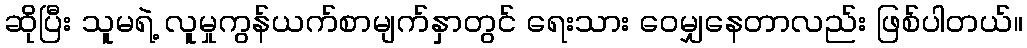
ဆိုပြီး သူမရဲ့ လူမှုကွန်ယက်စာမျက်နှာတွင် ရေးသား ဝေမျှနေတာလည်း ဖြစ်ပါတယ်။